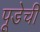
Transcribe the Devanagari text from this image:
पूडेची